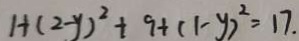
1 + ( 2 - y ) ^ { 2 } + 9 + ( 1 - y ) ^ { 2 } = 1 7 .